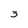
Character: 3